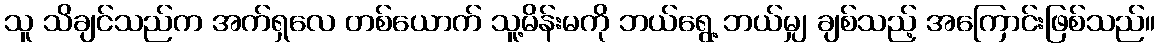
သူ သိချင်သည်က အက်ရှလေ တစ်ယောက် သူ့မိန်းမကို ဘယ်ရွေ့ ဘယ်မျှ ချစ်သည့် အကြောင်းဖြစ်သည်။